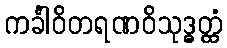
ကင်္ခါဝိတရဏဝိသုဒ္ဓတ္ထံ